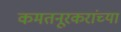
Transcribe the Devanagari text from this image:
कमतनूरकरांच्या